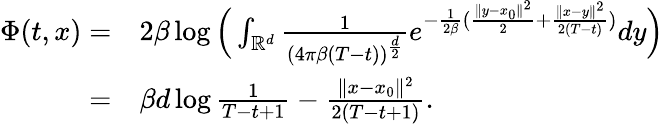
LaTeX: \begin{array}{rl}{\Phi(t,x)=}&{2\beta\log\Big(\int_{\mathbb{R}^{d}}\frac{1}{(4\pi\beta(T-t))^{\frac{d}{2}}}e^{-\frac{1}{2\beta}(\frac{\| y-x_{0}\| ^{2}}{2}+\frac{\| x-y\| ^{2}}{2(T-t)})}dy\Big)}\\ {=}&{\beta d\log\frac{1}{T-t+1}-\frac{\| x-x_{0}\| ^{2}}{2(T-t+1)}.}\end{array}